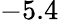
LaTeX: -5.4